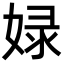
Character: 娽